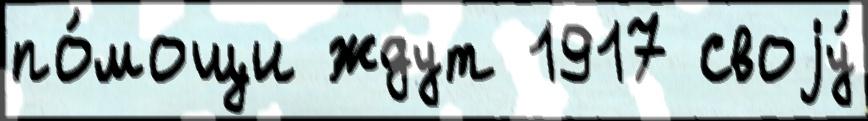
по́мощи ждут 1917 своjу́